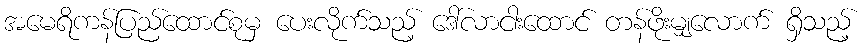
အမေရိကန်ပြည်ထောင်စုမှ ပေးလိုက်သည့် ဒေါ်လာငါးထောင် တန်ဖိုးမျှလောက် ရှိသည့်